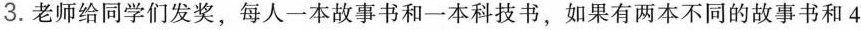
3.老师给同学们发奖，每人一本故事书和一本科技书，如果有两本不同的故事书和4